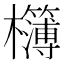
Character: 𭬾